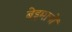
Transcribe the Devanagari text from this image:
बेइमानों